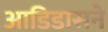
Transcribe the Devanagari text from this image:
आडिडासने